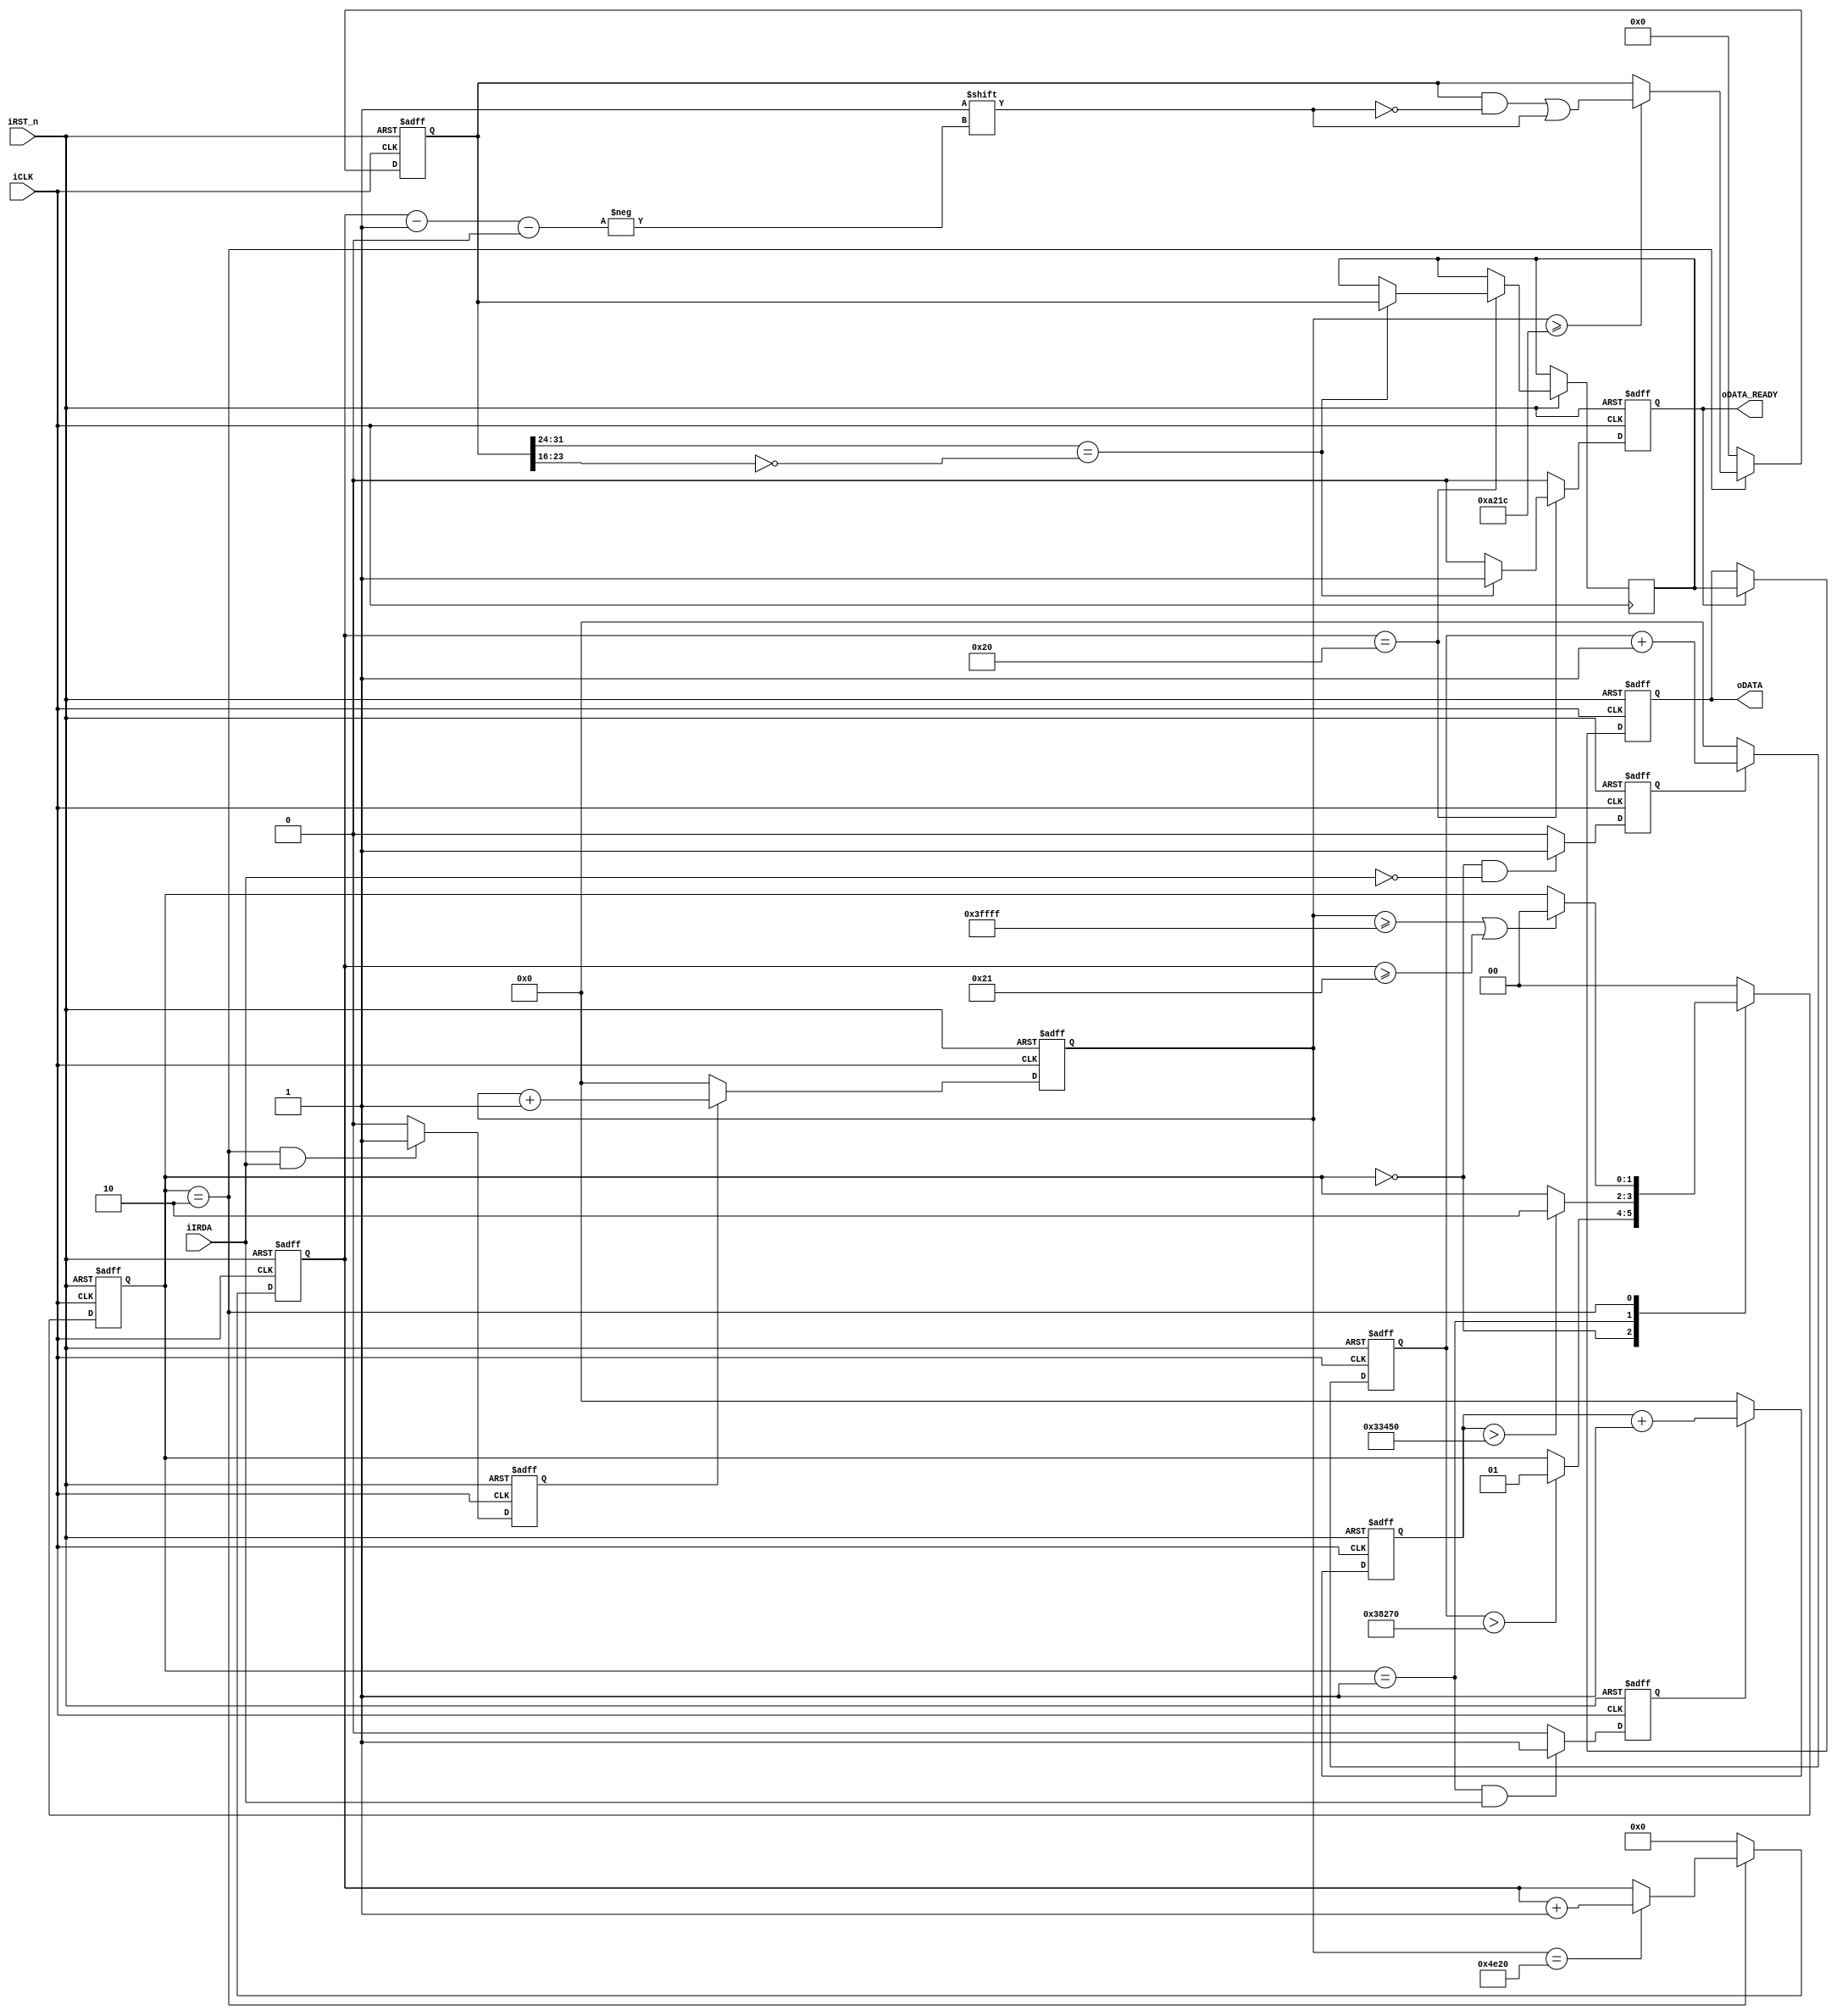
module IR_RECEIVE(
					iCLK,         //clk 50MHz
					iRST_n,       //reset					
					iIRDA,        //IR code input
					oDATA_READY,  //data ready
					oDATA         //decode data output
					);


//=======================================================
//  PARAMETER declarations
//=======================================================
parameter IDLE               = 2'b00;    //always high voltage level
parameter GUIDANCE           = 2'b01;    //9ms low voltage and 4.5 ms high voltage
parameter DATAREAD           = 2'b10;    //0.6ms low voltage start and with 0.52ms high voltage is 0,with 1.66ms high voltage is 1, 32bit in sum.

parameter IDLE_HIGH_DUR      =  262143;  // data_count    262143*0.02us = 5.24ms, threshold for DATAREAD-----> IDLE
parameter GUIDE_LOW_DUR      =  230000;  // idle_count    230000*0.02us = 4.60ms, threshold for IDLE--------->GUIDANCE
parameter GUIDE_HIGH_DUR     =  210000;  // state_count   210000*0.02us = 4.20ms, 4.5-4.2 = 0.3ms < BIT_AVAILABLE_DUR = 0.4ms,threshold for GUIDANCE------->DATAREAD
parameter DATA_HIGH_DUR      =  41500;	 // data_count    41500 *0.02us = 0.83ms, sample time from the posedge of iIRDA
parameter BIT_AVAILABLE_DUR  =  20000;   // data_count    20000 *0.02us = 0.4ms,  the sample bit pointer,can inhibit the interference from iIRDA signal


//=======================================================
//  PORT declarations
//=======================================================
input         iCLK;        //input clk,50MHz
input         iRST_n;      //rst
input         iIRDA;       //Irda RX output decoded data
output        oDATA_READY; //data ready
output [31:0] oDATA;       //output data,32bit 


//=======================================================
//  Signal Declarations
//=======================================================
reg    [31:0] oDATA;                 //data output reg
reg    [17:0] idle_count;            //idle_count counter works under data_read state
reg           idle_count_flag;       //idle_count conter flag
//wire          idle_count_max;
reg    [17:0] state_count;           //state_count counter works under guide state
reg           state_count_flag;      //state_count conter flag
reg    [17:0] data_count;            //data_count counter works under data_read state
reg           data_count_flag;       //data_count conter flag
reg     [5:0] bitcount;              //sample bit pointer
reg     [1:0] state;                 //state reg
reg    [31:0] data;                  //data reg
reg    [31:0] data_buf;              //data buf
reg           data_ready;            //data ready flag


//=======================================================
//  Structural coding
//=======================================================	
assign oDATA_READY = data_ready;


//idle counter works on iclk under IDLE state only
always @(posedge iCLK or negedge iRST_n)	
	  if (!iRST_n)
		   idle_count <= 0;
	  else if (idle_count_flag)    //the counter works when the flag is 1
			 idle_count <= idle_count + 1'b1;
		else  
			 idle_count <= 0;	         //the counter resets when the flag is 0		      		 	

//idle counter switch when iIRDA is low under IDLE state
always @(posedge iCLK or negedge iRST_n)	
	  if (!iRST_n)
		   idle_count_flag <= 1'b0;
	  else if ((state == IDLE) && !iIRDA)
			 idle_count_flag <= 1'b1;
		else                           
			 idle_count_flag <= 1'b0;		     		 	
      
//state counter works on iclk under GUIDE state only
always @(posedge iCLK or negedge iRST_n)	
	  if (!iRST_n)
		   state_count <= 0;
	  else if (state_count_flag)    //the counter works when the flag is 1
			 state_count <= state_count + 1'b1;
		else  
			 state_count <= 0;	        //the counter resets when the flag is 0		      		 	

//state counter switch when iIRDA is high under GUIDE state
always @(posedge iCLK or negedge iRST_n)	
	  if (!iRST_n)
		   state_count_flag <= 1'b0;
	  else if ((state == GUIDANCE) && iIRDA)
			 state_count_flag <= 1'b1;
		else  
			 state_count_flag <= 1'b0;     		 	

//data read decode counter based on iCLK
always @(posedge iCLK or negedge iRST_n)	
	  if (!iRST_n)
		   data_count <= 1'b0;
	  else if(data_count_flag)      //the counter works when the flag is 1
			 data_count <= data_count + 1'b1;
		else 
			 data_count <= 1'b0;        //the counter resets when the flag is 0

//data counter switch
always @(posedge iCLK or negedge iRST_n)
	  if (!iRST_n) 
		   data_count_flag <= 0;	
	  else if ((state == DATAREAD) && iIRDA)
			 data_count_flag <= 1'b1;  
		else
			 data_count_flag <= 1'b0; 

//data reg pointer counter 
always @(posedge iCLK or negedge iRST_n)
    if (!iRST_n)
       bitcount <= 6'b0;
	  else if (state == DATAREAD)
		begin
			if (data_count == 20000)
					bitcount <= bitcount + 1'b1; //add 1 when iIRDA posedge
		end   
	  else
	     bitcount <= 6'b0;

//state change between IDLE,GUIDE,DATA_READ according to irda edge or counter
always @(posedge iCLK or negedge iRST_n) 
	  if (!iRST_n)	     
	     state <= IDLE;
	  else 
			 case (state)
 			    IDLE     : if (idle_count > GUIDE_LOW_DUR)  // state chang from IDLE to Guidance when detect the negedge and the low voltage last for > 4.6ms
			  	              state <= GUIDANCE; 
			    GUIDANCE : if (state_count > GUIDE_HIGH_DUR)//state change from GUIDANCE to DATAREAD when detect the posedge and the high voltage last for > 4.2ms
			  	              state <= DATAREAD;
			    DATAREAD : if ((data_count >= IDLE_HIGH_DUR) || (bitcount >= 33))
			  					      state <= IDLE;
	        default  : state <= IDLE; //default
			 endcase

//data decode base on the value of data_count 	
always @(posedge iCLK or negedge iRST_n)
	  if (!iRST_n)
	     data <= 0;
		else if (state == DATAREAD)
		begin
			 if (data_count >= DATA_HIGH_DUR) //2^15 = 32767*0.02us = 0.64us
			    data[bitcount-1'b1] <= 1'b1;  //>0.52ms  sample the bit 1
		end
		else
			 data <= 0;
	
//set the data_ready flag 
always @(posedge iCLK or negedge iRST_n) 
	  if (!iRST_n)
	     data_ready <= 1'b0;
    else if (bitcount == 32)   
		begin
			 if (data[31:24] == ~data[23:16])
			 begin		
					data_buf <= data;     //fetch the value to the databuf from the data reg
				  data_ready <= 1'b1;   //set the data ready flag
			 end	
			 else
				  data_ready <= 1'b0 ;  //data error
		end
		else
		   data_ready <= 1'b0 ;

//read data
always @(posedge iCLK or negedge iRST_n)
	  if (!iRST_n)
		   oDATA <= 32'b0000;
	  else if (data_ready)
	     oDATA <= data_buf;  //output
					
endmodule